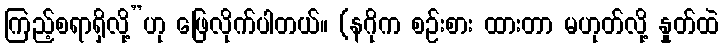
ကြည့်စရာရှိလို့”ဟု ဖြေလိုက်ပါတယ်။ (နဂိုက စဉ်းစား ထားတာ မဟုတ်လို့ နှုတ်ထဲ